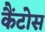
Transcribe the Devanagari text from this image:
कैंटोस